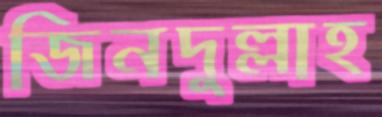
জিনদুল্লাহ